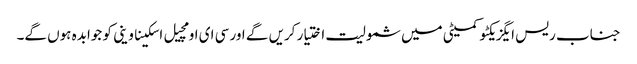
جناب ریس ایگزیکٹو کمیٹی میں شمولیت اختیار کریں گے اور سی ای او مچیل اسکیناوینی کو جوابدہ ہوں گے۔